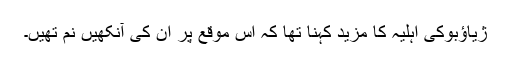
ژياؤبوکی اہلیہ کا مزید کہنا تھا کہ اس موقع پر ان کی آنکھیں نم تھیں۔